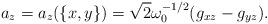
LaTeX: \begin{align*}a_z=a_z(\{x, y\})=\sqrt{2}\omega_0^{-1/2} (g_{xz}-g_{yz}).\end{align*}